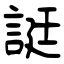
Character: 誔